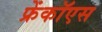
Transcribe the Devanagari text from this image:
फ्रेंकॉएस